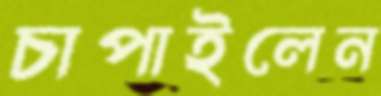
চাপাইলেন